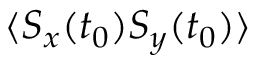
\langle S _ { x } ( t _ { 0 } ) S _ { y } ( t _ { 0 } ) \rangle